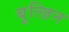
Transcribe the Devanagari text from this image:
बूत्ज़िन